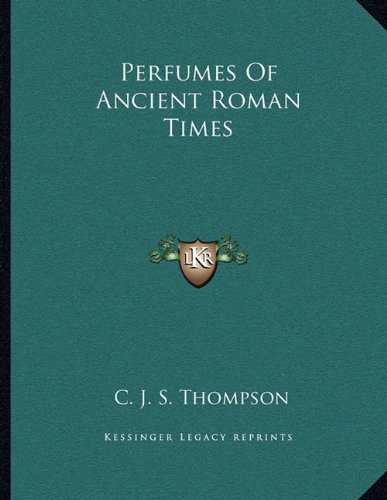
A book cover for Perfumes Of Ancient Roman Times; C. J. S. Thompson; Literature & Fiction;